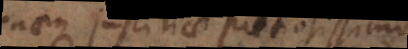
suaeque justitiae pretiosissimo